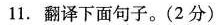
11.翻译下面句子。(2分)